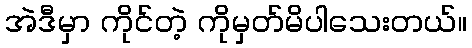
အဲဒီမှာ ကိုင်တဲ့ ကိုမှတ်မိပါသေးတယ်။